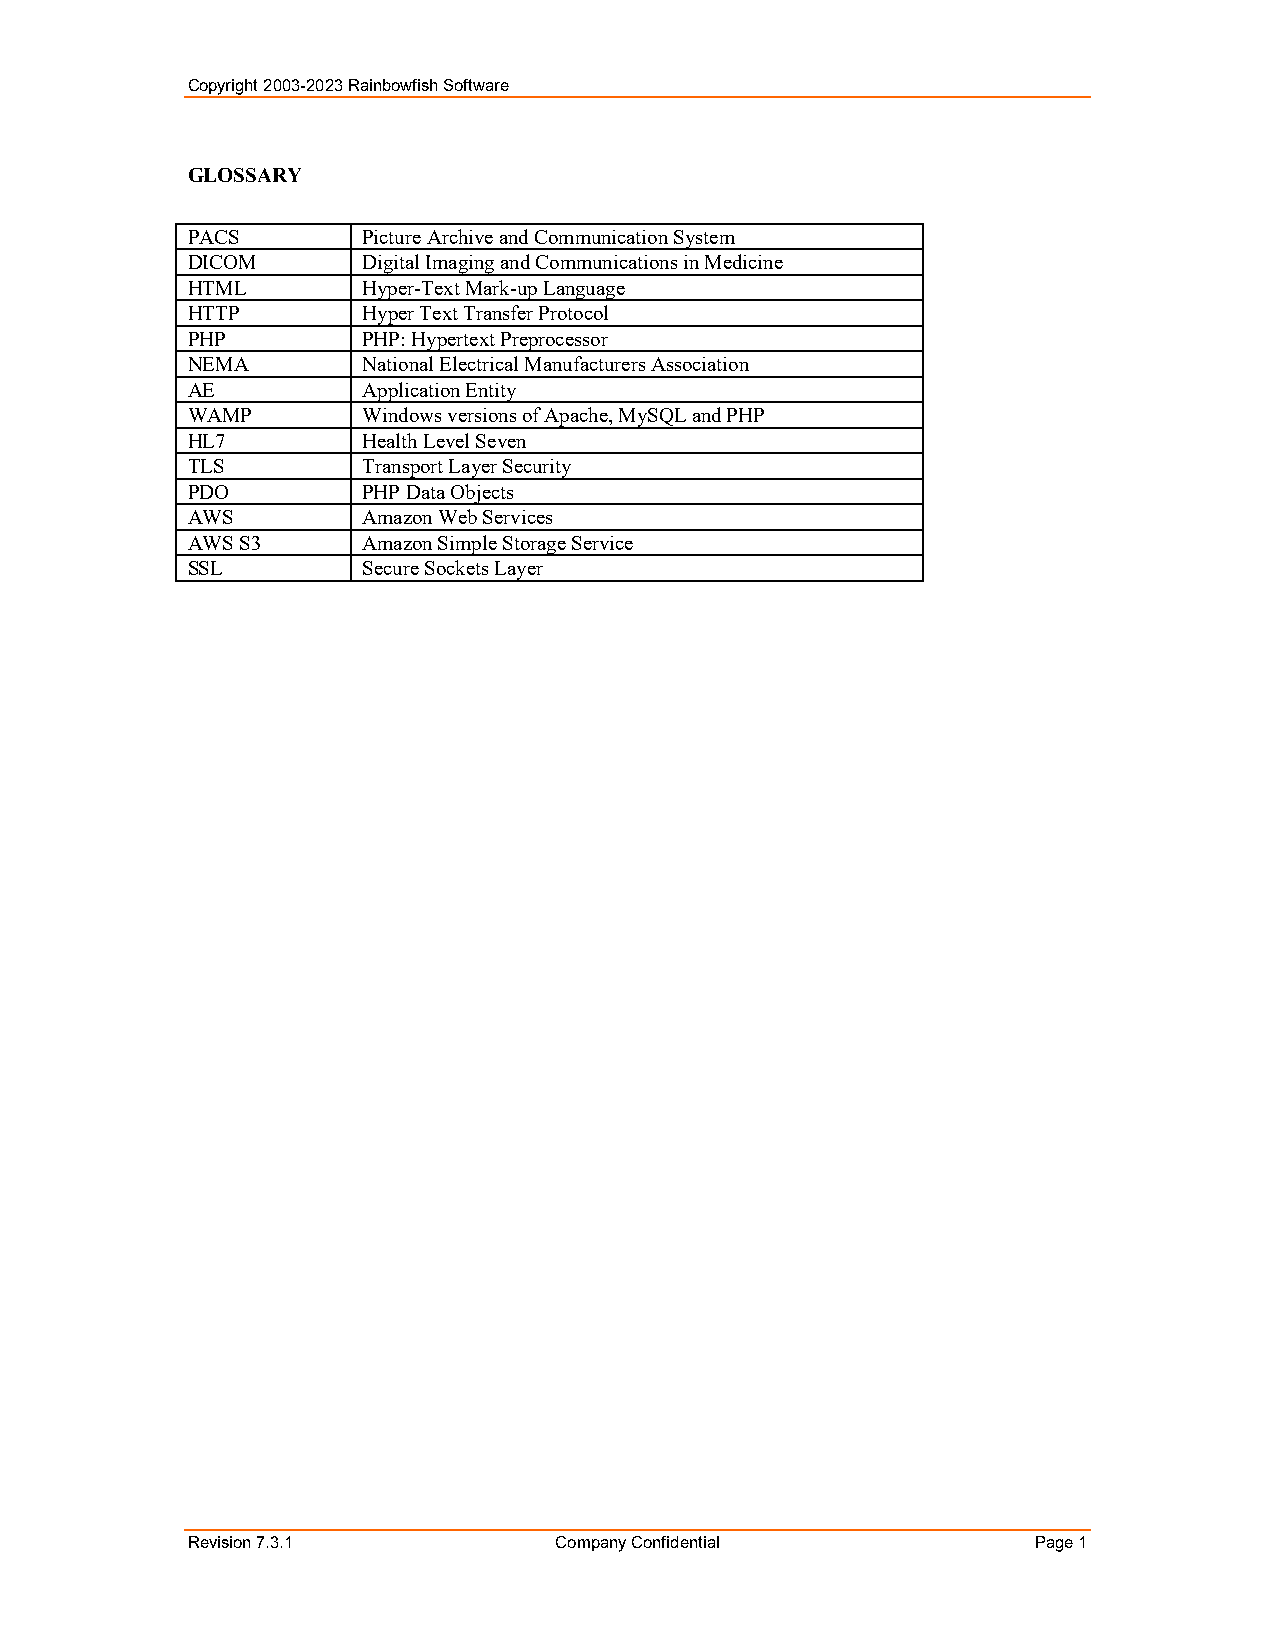
Copyright 2003-2023 Rainbowfish Software
 GLOSSARY
 PACS        Picture Archive and Communication System
 DICOM       Digital Imaging and Communications in Medicine
 HTML        Hyper-Text Mark-up Language
 HTTP        Hyper Text Transfer Protocol
 PHP         PHP: Hypertext Preprocessor
 NEMA        National Electrical Manufacturers Association
 AE          Application Entity
 WAMP        Windows versions of Apache, MySQL and PHP
 HL7         Health Level Seven
 TLS         Transport Layer Security
 PDO         PHP Data Objects
 AWS         Amazon Web Services
 AWS S3      Amazon Simple Storage Service
 SSL         Secure Sockets Layer
 Revision 7.3.1           Company Confidential           Page 1